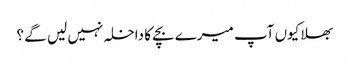
بھلا کیوں آپ میرے بچے کا داخلہ نہیں لیں گے ؟